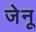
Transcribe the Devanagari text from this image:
जेनू